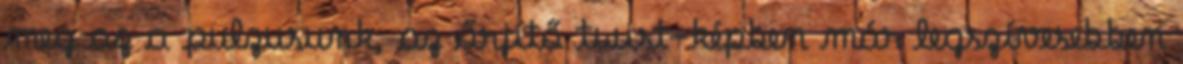
meg az a pulzusunk, az őrjítő twist-képben már legszívesebben